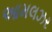
આમલઝર